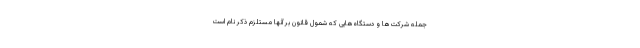
جمله شرکت‌ها و دستگاه‌هایی که شمول قانون بر آنها مستلزم ذکر نام است